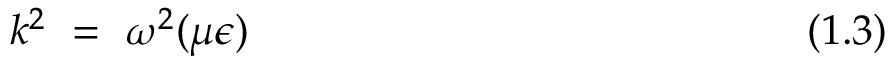
k ^ { 2 } ~ = ~ \omega ^ { 2 } ( \mu \epsilon ) ~ ~ ~ ~ ~ ~ ~ ~ ~ ~ ~ ~ ~ ~ ~ ~ ~ ~ ~ ~ ~ ~ ~ ~ ~ ~ ~ ~ ~ ~ ~ ~ ~ ~ ~ ~ ~ ~ ~ ~ ( 1 . 3 )